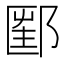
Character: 𨝇